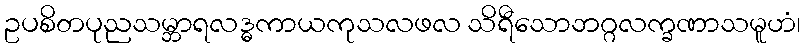
ဥပစိတပုညသမ္ဘာရလဒ္ဓကာယကုသလဖလ သိရီသောဘဂ္ဂလက္ခဏာသမူဟံ၊